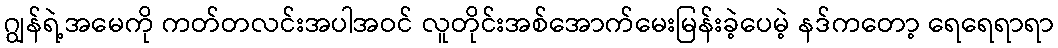
ဂျွန်ရဲ့အမေကို ကတ်တလင်းအပါအဝင် လူတိုင်းအစ်အောက်မေးမြန်းခဲ့ပေမဲ့ နဒ်ကတော့ ရေရေရာရာ